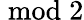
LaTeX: \bmod{2}